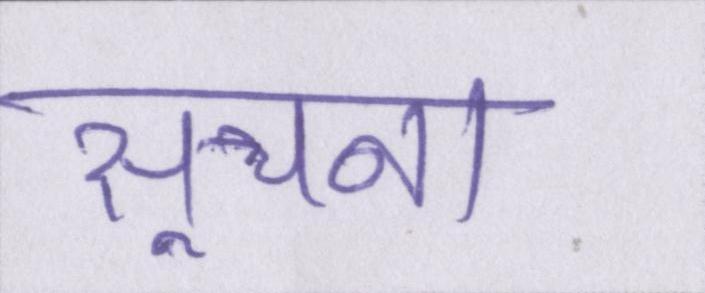
सूचना